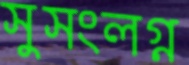
সুসংলগ্ন